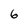
Character: 6